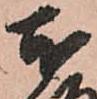
本